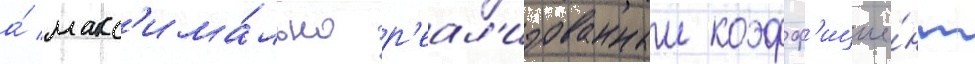
а́ макс'има́льно р'еал'изованныи коэфф'ицие́нт